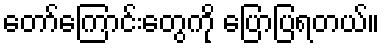
တော်ကြောင်းတွေကို ပြောပြရတယ်။